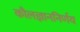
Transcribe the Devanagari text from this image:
कौलज्ञाननिर्णय